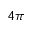
4 \pi